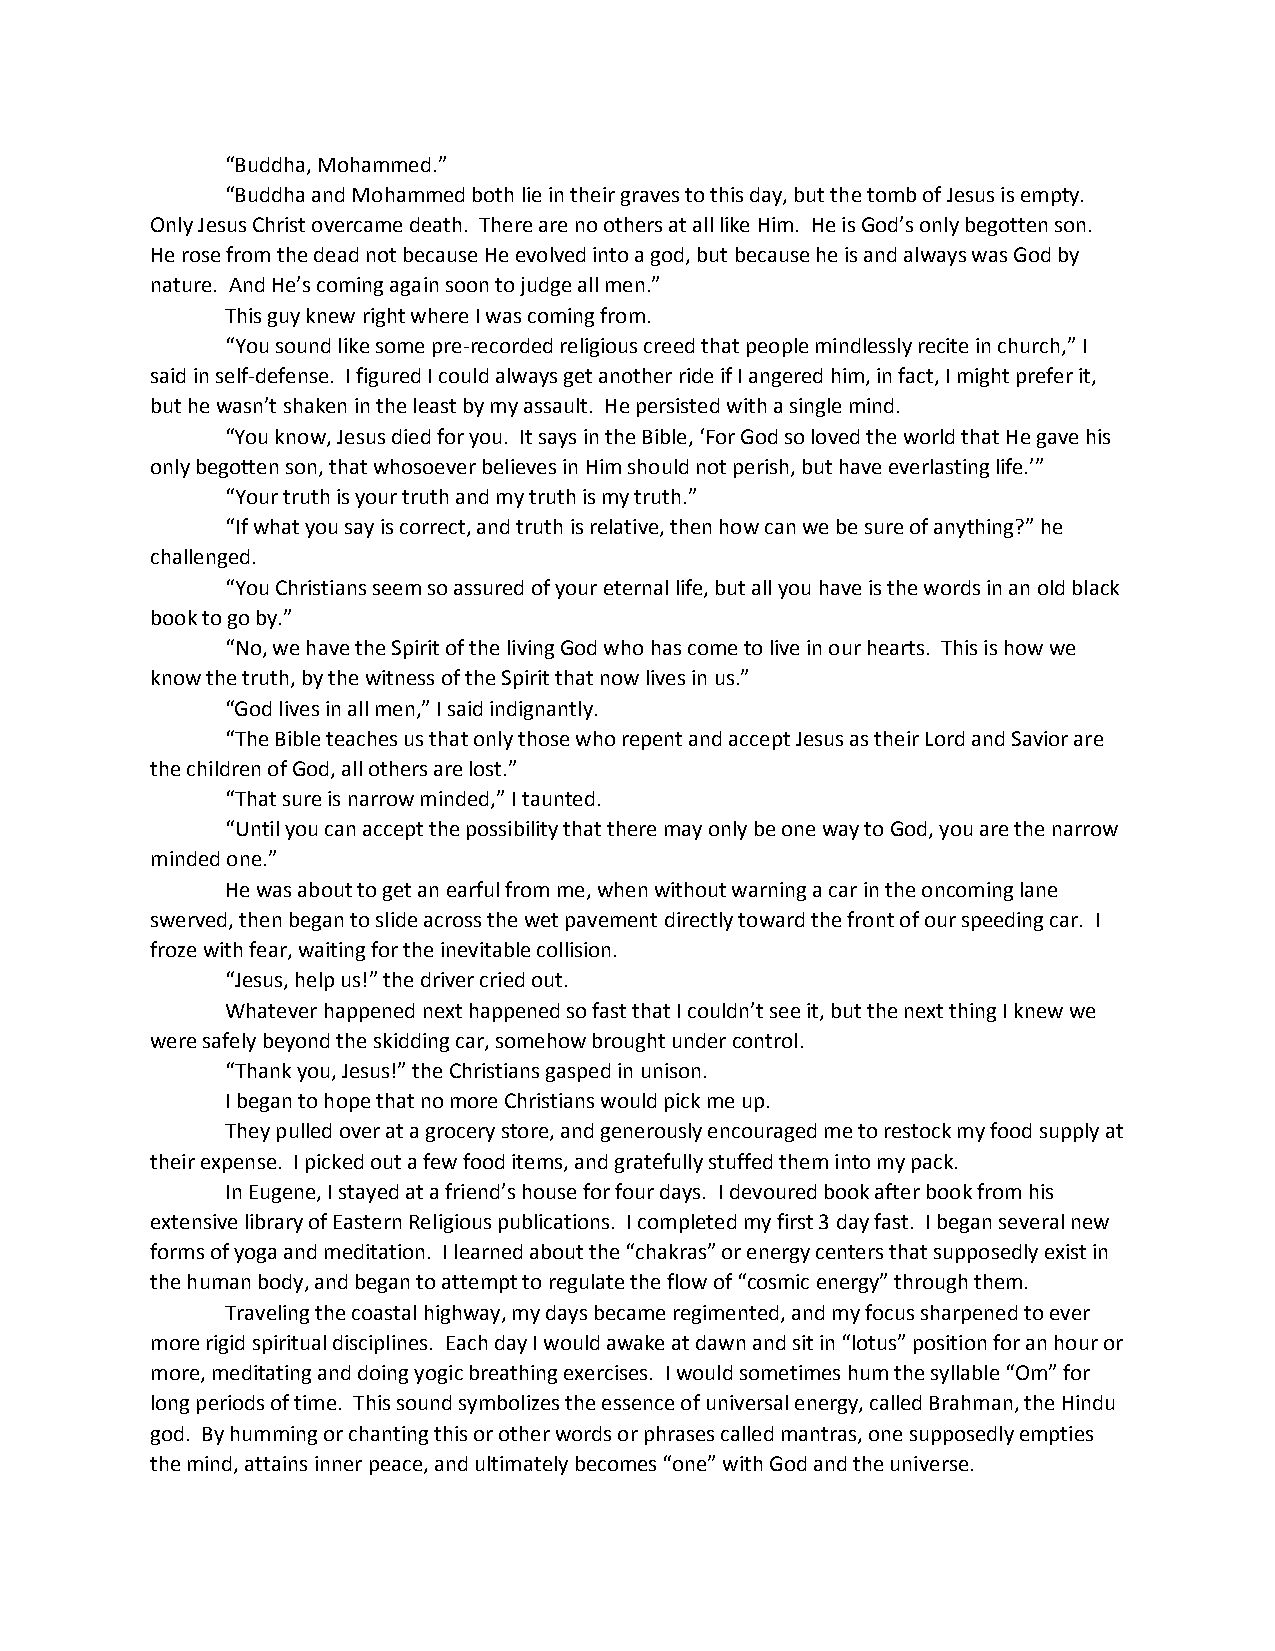
“Buddha, Mohammed.”
 “Buddha and Mohammed both lie in their graves to this day, but the tomb of Jesus is empty.
 Only Jesus Christ overcame death. There are no others at all like Him. He is God’s only begotten son.
 He rose from the dead not because He evolved into a god, but because he is and always was God by
 nature. And He’s coming again soon to judge all men.”
 This guy knew right where I was coming from.
 “You sound like some pre-recorded religious creed that people mindlessly recite in church,” I
 said in self-defense. I figured I could always get another ride if I angered him, in fact, I might prefer it,
 but he wasn’t shaken in the least by my assault. He persisted with a single mind.
 “You know, Jesus died for you. It says in the Bible, ‘For God so loved the world that He gave his
 only begotten son, that whosoever believes in Him should not perish, but have everlasting life.’”
 “Your truth is your truth and my truth is my truth.”
 “If what you say is correct, and truth is relative, then how can we be sure of anything?” he
 challenged.
 “You Christians seem so assured of your eternal life, but all you have is the words in an old black
 book to go by.”
 “No, we have the Spirit of the living God who has come to live in our hearts. This is how we
 know the truth, by the witness of the Spirit that now lives in us.”
 “God lives in all men,” I said indignantly.
 “The Bible teaches us that only those who repent and accept Jesus as their Lord and Savior are
 the children of God, all others are lost.”
 “That sure is narrow minded,” I taunted.
 “Until you can accept the possibility that there may only be one way to God, you are the narrow
 minded one.”
 He was about to get an earful from me, when without warning a car in the oncoming lane
 swerved, then began to slide across the wet pavement directly toward the front of our speeding car. I
 froze with fear, waiting for the inevitable collision.
 “Jesus, help us!” the driver cried out.
 Whatever happened next happened so fast that I couldn’t see it, but the next thing I knew we
 were safely beyond the skidding car, somehow brought under control.
 “Thank you, Jesus!” the Christians gasped in unison.
 I began to hope that no more Christians would pick me up.
 They pulled over at a grocery store, and generously encouraged me to restock my food supply at
 their expense. I picked out a few food items, and gratefully stuffed them into my pack.
 In Eugene, I stayed at a friend’s house for four days. I devoured book after book from his
 extensive library of Eastern Religious publications. I completed my first 3 day fast. I began several new
 forms of yoga and meditation. I learned about the “chakras” or energy centers that supposedly exist in
 the human body, and began to attempt to regulate the flow of “cosmic energy” through them.
 Traveling the coastal highway, my days became regimented, and my focus sharpened to ever
 more rigid spiritual disciplines. Each day I would awake at dawn and sit in “lotus” position for an hour or
 more, meditating and doing yogic breathing exercises. I would sometimes hum the syllable “Om” for
 long periods of time. This sound symbolizes the essence of universal energy, called Brahman, the Hindu
 god. By humming or chanting this or other words or phrases called mantras, one supposedly empties
 the mind, attains inner peace, and ultimately becomes “one” with God and the universe.